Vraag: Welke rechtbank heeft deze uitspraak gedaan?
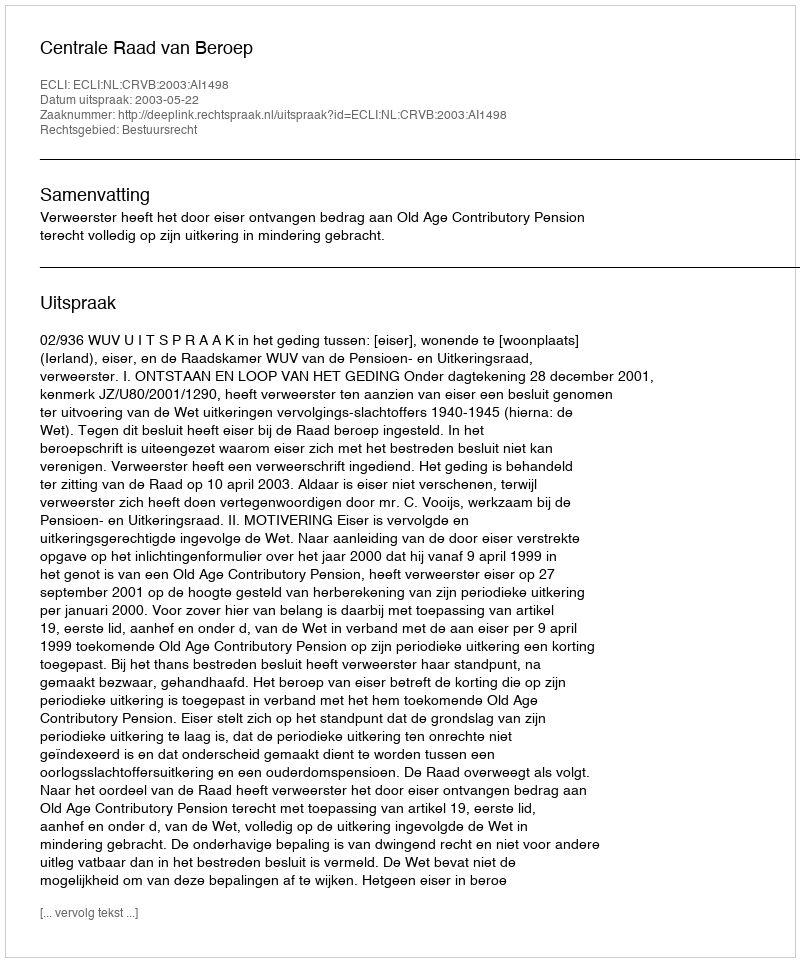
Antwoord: Centrale Raad van Beroep